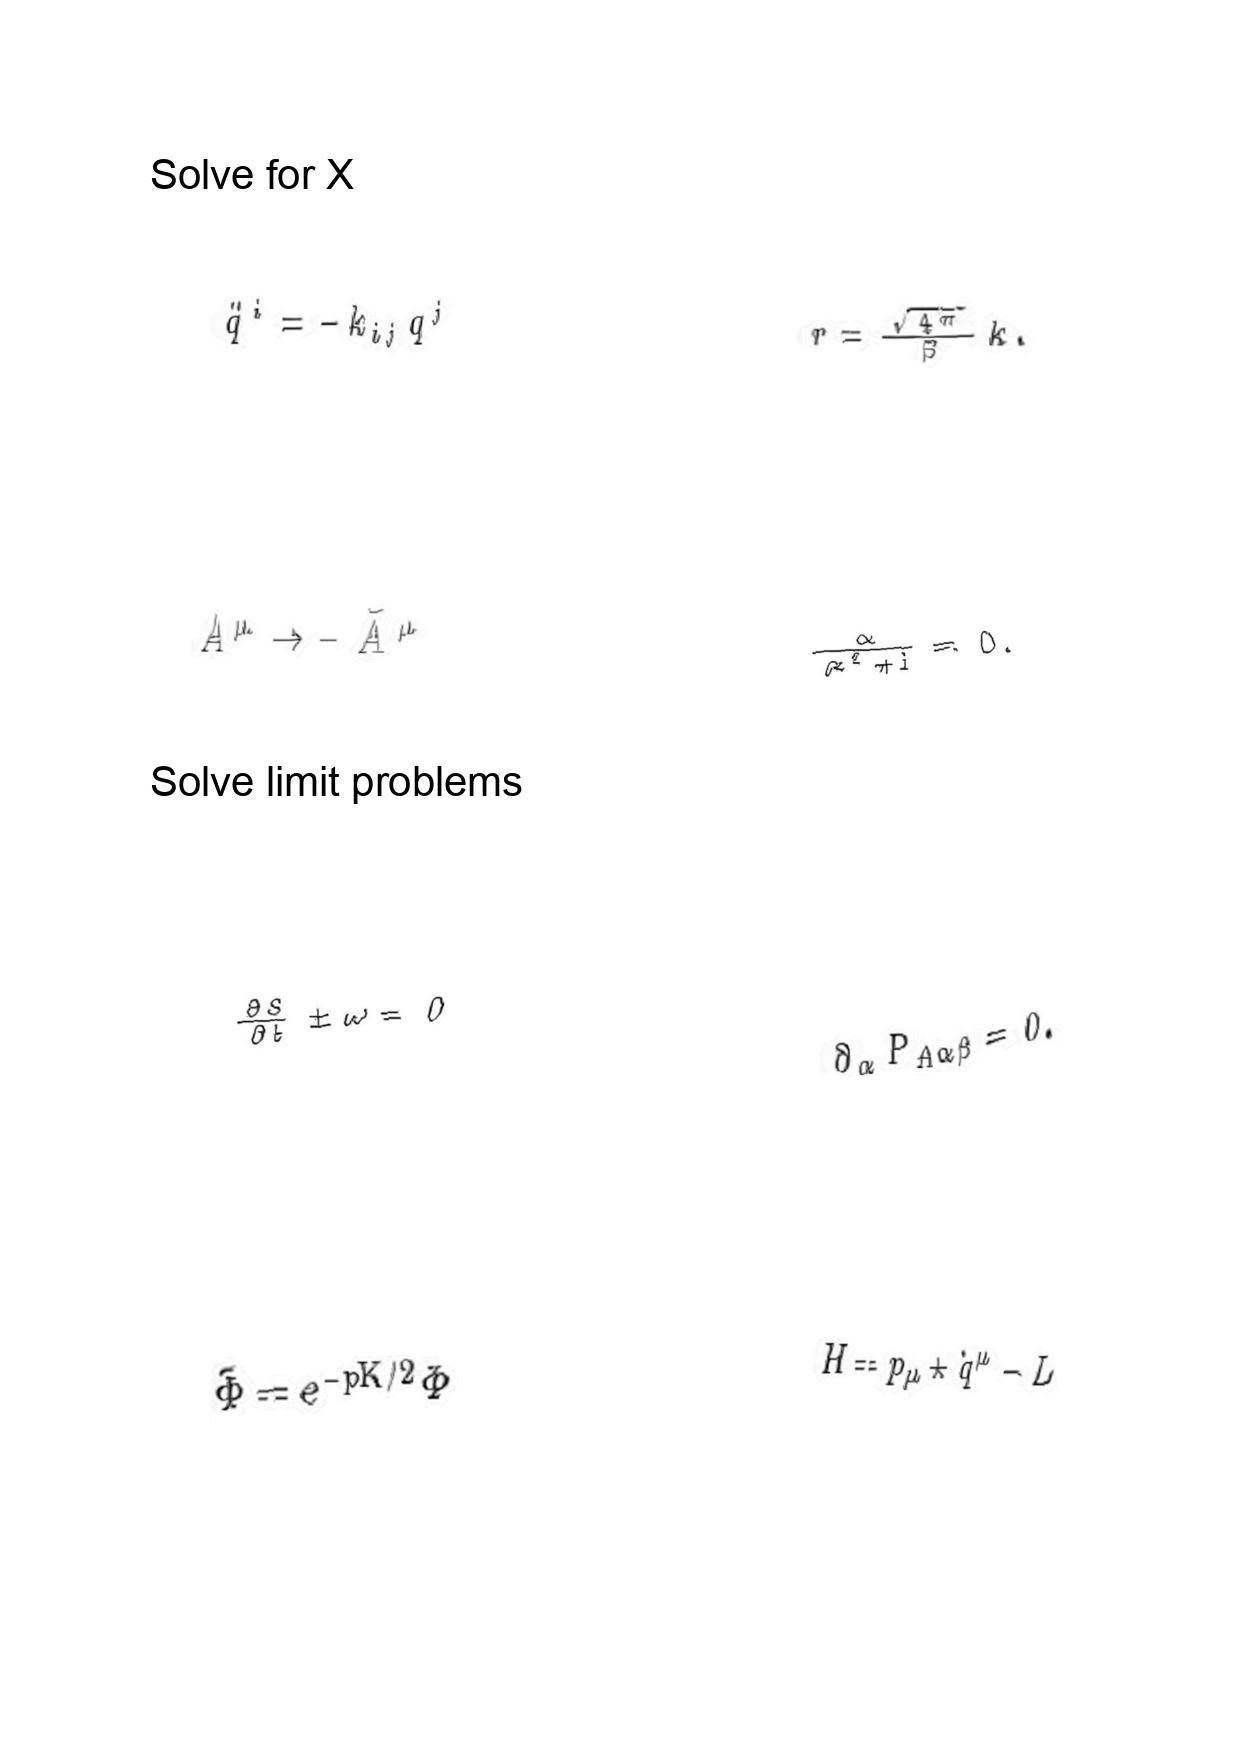
LaTeX transcription:
\ddot { q } ^ { i } = - k _ { i j } q ^ { j }
A ^ { \mu } \rightarrow - \tilde { A } ^ { \mu }
\frac { \partial S } { \partial t } \pm \omega = 0
\tilde { \Phi } = e ^ { - p K / 2 } \Phi
r = \frac { \sqrt { 4 \pi } } { \beta } k .
\frac { \alpha } { \alpha ^ { 2 } + 1 } = 0 .
\partial _ { \alpha } P _ { A \alpha \beta } = 0 .
H = p _ { \mu } \star \dot { q } ^ { \mu } - L